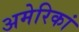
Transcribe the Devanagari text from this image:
अमेरिकां